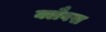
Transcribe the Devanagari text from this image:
क्लैवस